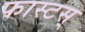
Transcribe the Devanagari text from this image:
फास्टस्